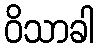
ဝိသာခါ